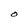
Character: O